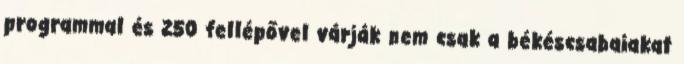
programmal és 250 fellépővel várják nem csak a békéscsabaiakat